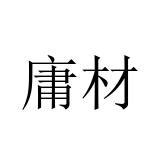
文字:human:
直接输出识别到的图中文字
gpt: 庸材